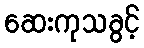
ဆေးကုသခွင့်